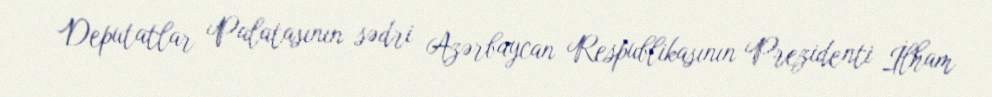
Deputatlar Palatasının sədri Azərbaycan Respublikasının Prezidenti İlham